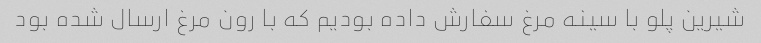
شیرین پلو با سینه مرغ سفارش داده بودیم که با رون مرغ ارسال شده بود